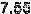
7.55